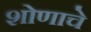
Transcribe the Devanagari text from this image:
शोणाचे